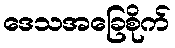
ဒေသအခြေစိုက်